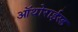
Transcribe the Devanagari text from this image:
ऑथोराईस्ड